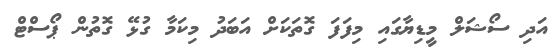
އަދި ސޯޝަލް މީޑިޔާގައި މިފަފަ ގޮތަކަށް އަބަދު މިކަމާ ގުޅޭ ގޮތުން ޕޯސްޓް